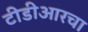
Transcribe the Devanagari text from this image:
टीडीआरचा